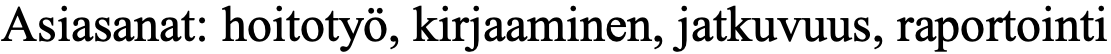
Asiasanat: hoitotyö, kirjaaminen, jatkuvuus, raportointi